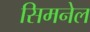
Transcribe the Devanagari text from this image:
सिमनेल